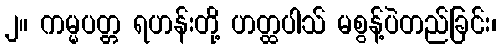
၂။ ကမ္မပတ္တ ရဟန်းတို့ ဟတ္ထပါသ် မစွန့်ပဲတည်ခြင်း၊